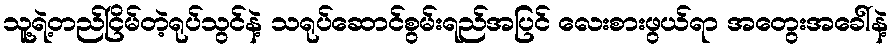
သူ့ရဲ့တည်ငြိမ်တဲ့ရုပ်သွင်နဲ့ သရုပ်ဆောင်စွမ်းရည်အပြင် လေးစားဖွယ်ရာ အတွေးအခေါ်နဲ့